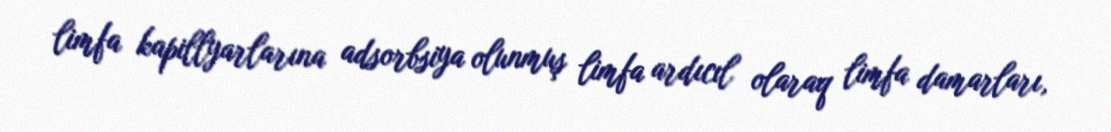
limfa kapillyarlarına adsorbsiya olunmuş limfa ardıcıl olaraq limfa damarları,